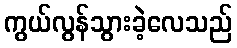
ကွယ်လွန်သွားခဲ့လေသည်